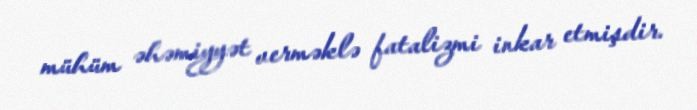
mühüm əhəmiyyət verməklə fatalizmi inkar etmişdir.